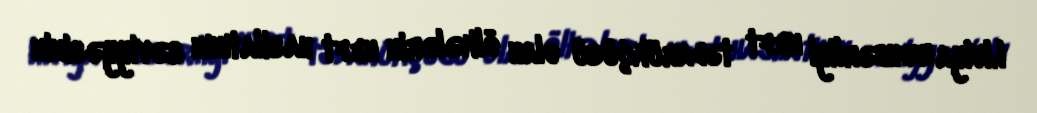
Liviya rəhbərliyi neft tədarükçüsü olan ölkələrin neft hasilatının səviyyəsinin